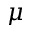
\mu